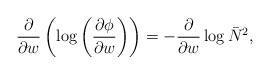
\begin{align*}\frac{\partial}{\partial w}\left ( \log \left (\frac{\partial\phi}{\partial w} \right )\right)=-\frac{\partial}{\partial w} \log \bar N^2,\end{align*}